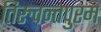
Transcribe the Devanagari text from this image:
तिरुवन्तपुरम